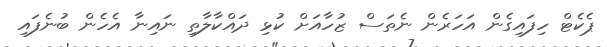
ޕެކެޓް ހިފައިގެން އަހަރެން ނެތަސް ޒުހާއަށް ކުޅި ދައްކާލާތި ނައިނާ އެހެން ބުނެފައި